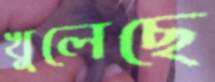
খুলেছে